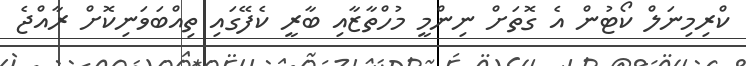
ކްރިމިނަލް ކޯޓުން އެ ގޮތަށް ނިންމީ މުހްތާޒާއި ބާރީ ކެފޭގައި ތިއްބަވަނިކޮށް ރާއްޖެ